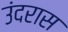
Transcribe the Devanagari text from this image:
उंदरास